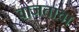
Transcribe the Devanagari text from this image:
वाजताचा